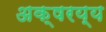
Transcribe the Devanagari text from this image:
अक्षरय्य